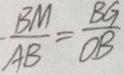
\frac { B M } { A B } = \frac { B G } { O B }